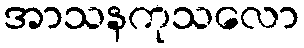
အာသနကုသလော